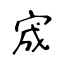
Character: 宬